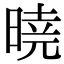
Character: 𣉊